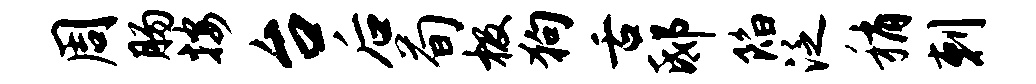
周肠按台后荀极狗舌邸陷泛稍剌